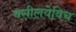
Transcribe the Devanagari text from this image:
वसीलयेविच